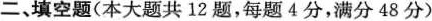
二、填空题(本大题共12题，每题4分，满分48分)